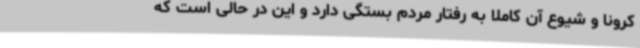
کرونا و شیوع آن کاملا به رفتار مردم بستگی دارد و این در حالی است که